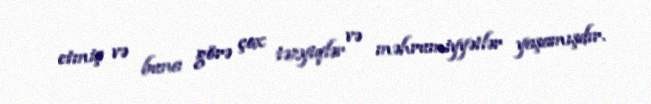
etmiş və buna görə çox təzyiqlər və məhrumiyyətlər yaşamışdır.